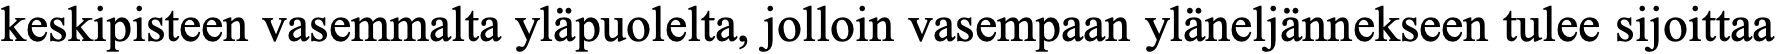
keskipisteen vasemmalta yläpuolelta, jolloin vasempaan yläneljännekseen tulee sijoittaa